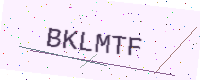
Text: BKLMTF